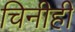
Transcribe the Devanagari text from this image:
चिनीही